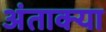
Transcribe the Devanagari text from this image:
अंताक्या